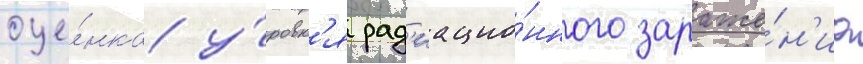
оце́нка у́ровн'я рад'иацио́нного зараже́н'иа